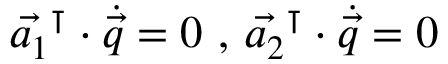
\vec { a _ { 1 } } ^ { \intercal } \cdot \dot { \vec { q } } = 0 \mathrm { ~ , ~ } \vec { a _ { 2 } } ^ { \intercal } \cdot \dot { \vec { q } } = 0